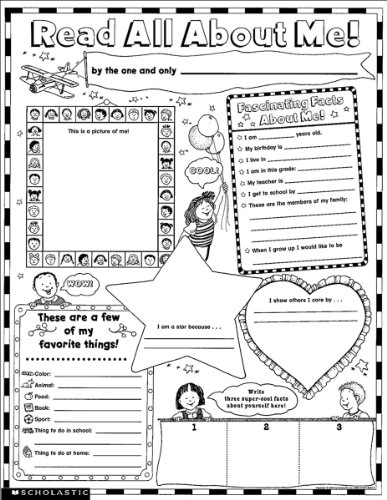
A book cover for Instant Personal Poster Sets: Read All About Me: 30 Big Write-and-Read Learning Posters Ready for Kids to Personalize and Display With Pride!; Scholastic Teaching Resources; Education & Teaching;